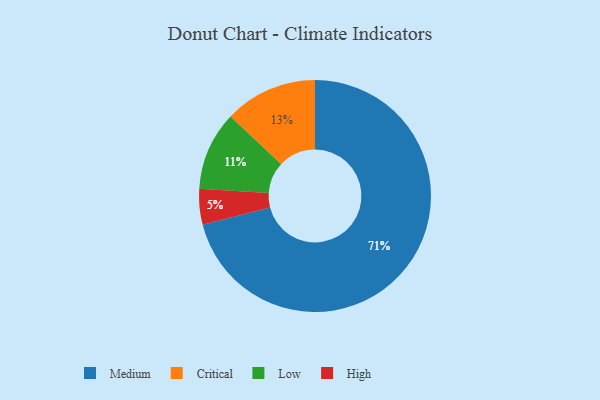
{"axis": {"x": "Category", "y": "Percentage"}, "legend": ["Critical", "High", "Low", "Medium"], "data": [{"x": "High", "y": 5, "type": "High"}, {"x": "Medium", "y": 71, "type": "Medium"}, {"x": "Low", "y": 11, "type": "Low"}, {"x": "Critical", "y": 13, "type": "Critical"}]}